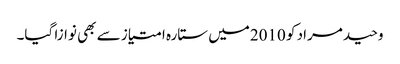
وحید مراد کو 2010میں ستارہ امتیاز سے بھی نوازا گیا۔